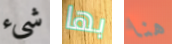
شيء بها هنا